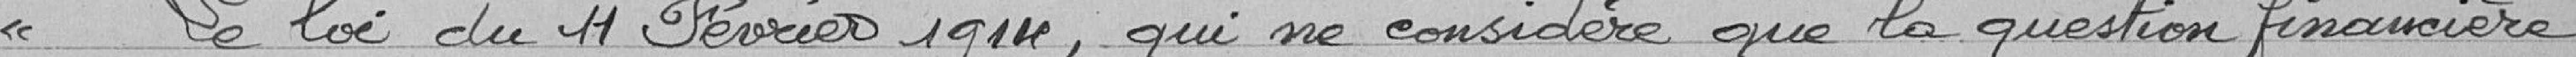
" La loi du 11 Février 1911, qui ne considère que la question financière